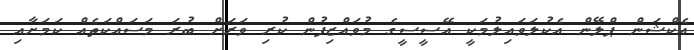
އެކްޝަން ޕްލޭންް އެކުލަވައިލުމަކީ އޭސީސީގެ މުވައްޒިފުން ކުރި ވަރަށް ބުރަ މަސައްކަތެއް ކަމަށާއި